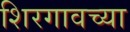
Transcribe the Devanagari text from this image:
शिरगावच्या